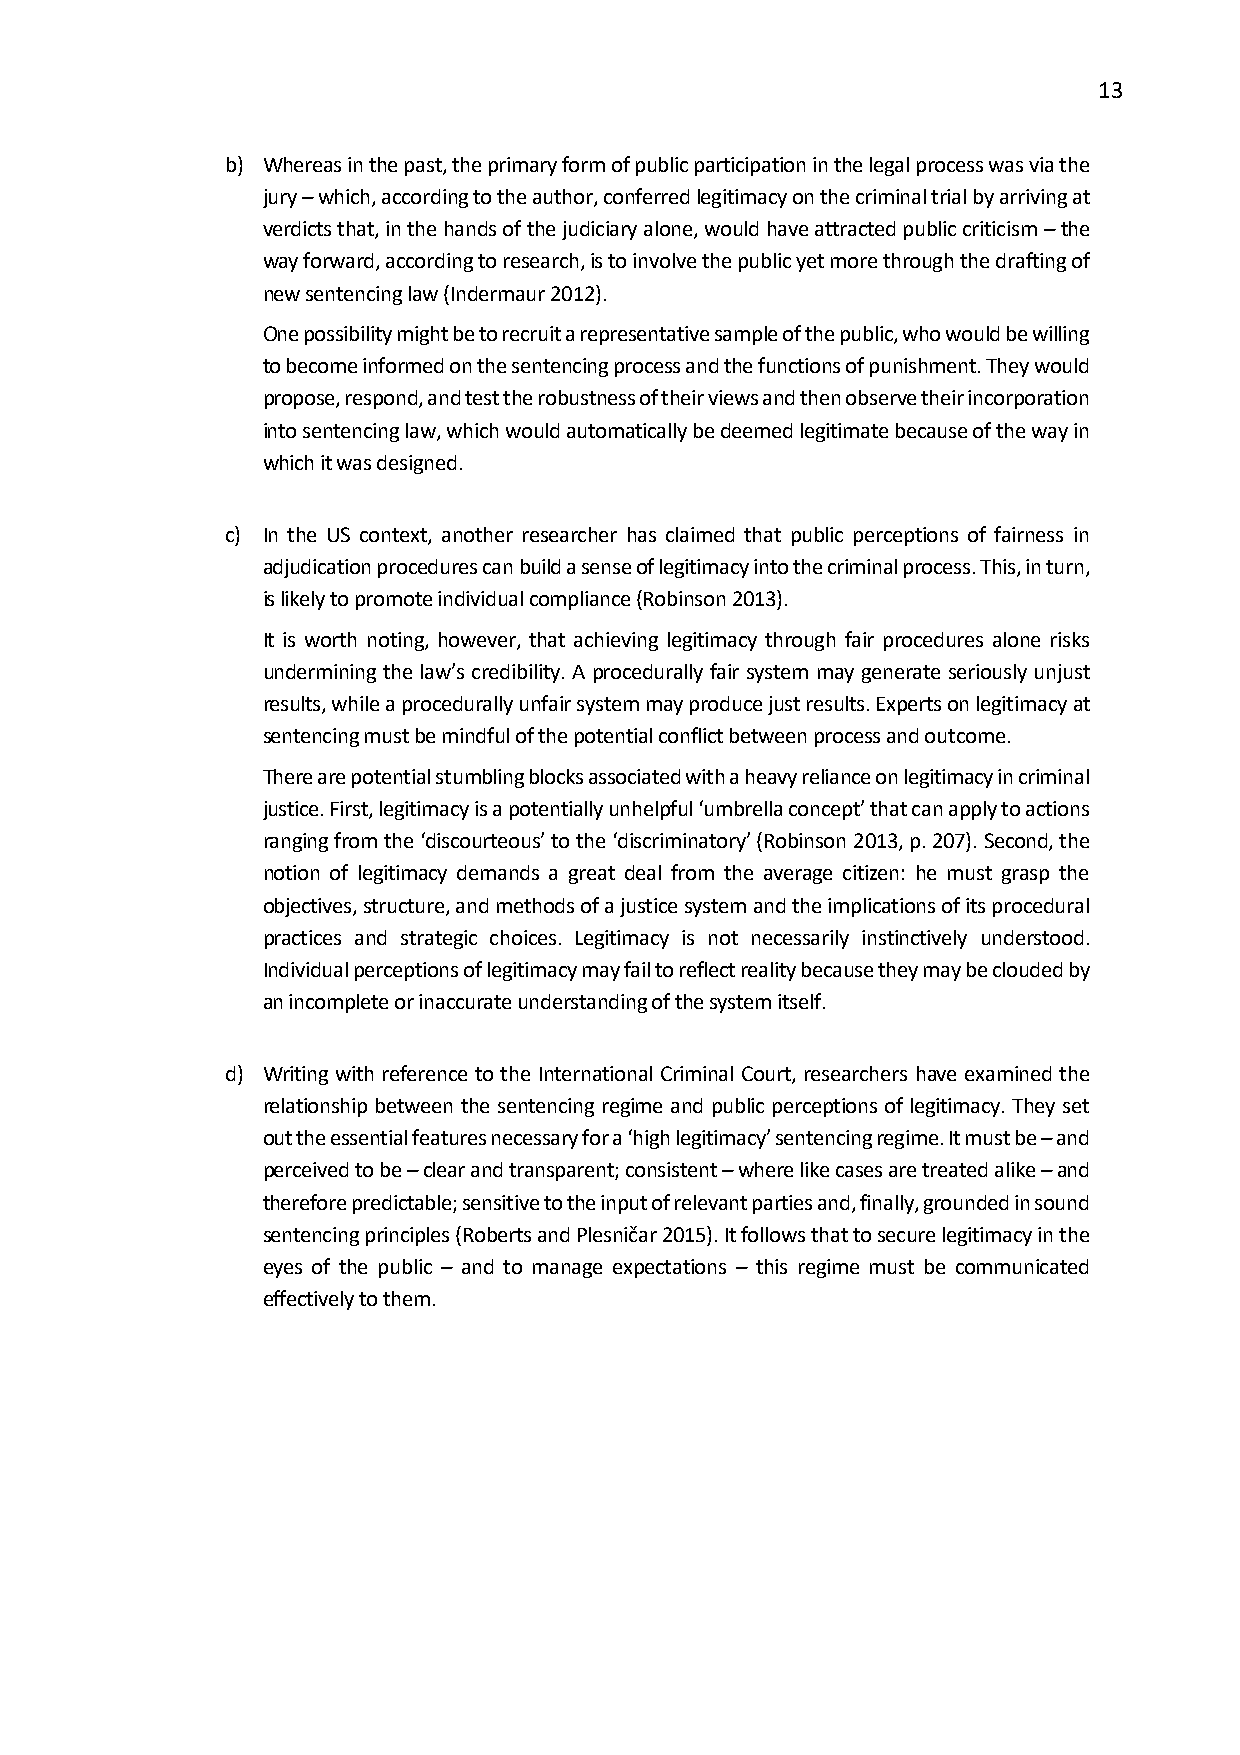
13
 b) Whereas in the past, the primary form of public participation in the legal process was via the
 jury – which, according to the author, conferred legitimacy on the criminal trial by arriving at
 verdicts that, in the hands of the judiciary alone, would have attracted public criticism – the
 way forward, according to research, is to involve the public yet more through the drafting of
 new sentencing law (Indermaur 2012).
 One possibility might be to recruit a representative sample of the public, who would be willing
 to become informed on the sentencing process and the functions of punishment. They would
 propose, respond, and test the robustness of their views and then observe their incorporation
 into sentencing law, which would automatically be deemed legitimate because of the way in
 which it was designed.
 c) In the US context, another researcher has claimed that public perceptions of fairness in
 adjudication procedures can build a sense of legitimacy into the criminal process. This, in turn,
 is likely to promote individual compliance (Robinson 2013).
 It is worth noting, however, that achieving legitimacy through fair procedures alone risks
 undermining the law’s credibility. A procedurally fair system may generate seriously unjust
 results, while a procedurally unfair system may produce just results. Experts on legitimacy at
 sentencing must be mindful of the potential conflict between process and outcome.
 There are potential stumbling blocks associated with a heavy reliance on legitimacy in criminal
 justice. First, legitimacy is a potentially unhelpful ‘umbrella concept’ that can apply to actions
 ranging from the ‘discourteous’ to the ‘discriminatory’ (Robinson 2013, p. 207). Second, the
 notion of legitimacy demands a great deal from the average citizen: he must grasp the
 objectives, structure, and methods of a justice system and the implications of its procedural
 practices and strategic choices. Legitimacy is not necessarily instinctively understood.
 Individual perceptions of legitimacy may fail to reflect reality because they may be clouded by
 an incomplete or inaccurate understanding of the system itself.
 d) Writing with reference to the International Criminal Court, researchers have examined the
 relationship between the sentencing regime and public perceptions of legitimacy. They set
 out the essential features necessary for a ‘high legitimacy’ sentencing regime. It must be – and
 perceived to be – clear and transparent; consistent – where like cases are treated alike – and
 therefore predictable; sensitive to the input of relevant parties and, finally, grounded in sound
 sentencing principles (Roberts and Plesničar 2015). It follows that to secure legitimacy in the
 eyes of the public – and to manage expectations – this regime must be communicated
 effectively to them.